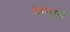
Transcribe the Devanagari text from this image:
पेरुंदुराई